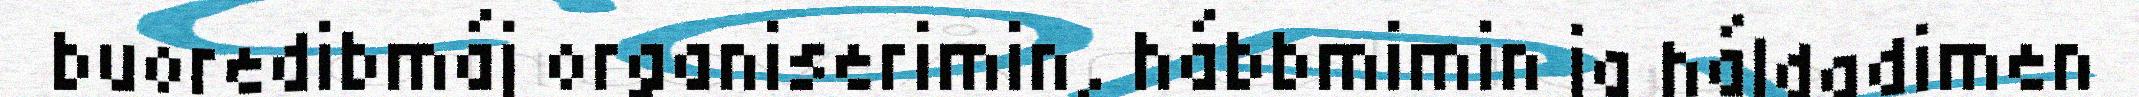
buoredibmáj organiserimin, hábbmimin ja háldadimen